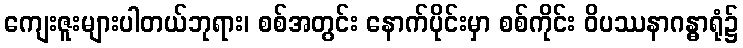
ကျေးဇူးများပါတယ်ဘုရား၊ စစ်အတွင်း နောက်ပိုင်းမှာ စစ်ကိုင်း ဝိပဿနာဂန္ဓာရုံ၌